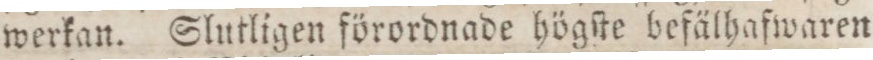
werkan. Slutligen förordnade högſte befälhafwaren